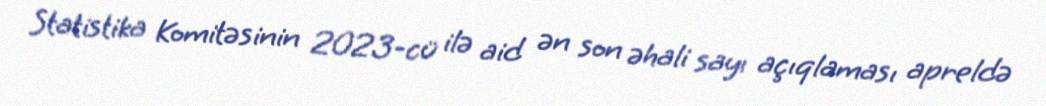
Statistika Komitəsinin 2023-cü ilə aid ən son əhali sayı açıqlaması apreldə